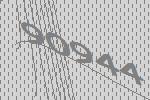
90944